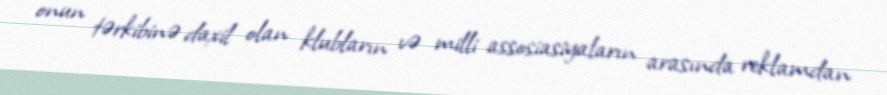
onun tərkibinə daxil olan klubların və milli assosiasiyaların arasında reklamdan